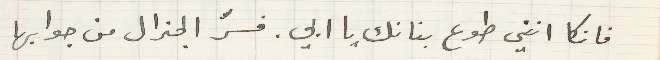
فانكا انني طوع بنانك يا ابي. فسرّ الجنرال من جوابها